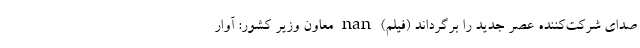
صدای شرکت‌کننده عصر جدید را برگرداند (فیلم) nan معاون وزیر کشور: آوار